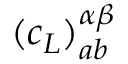
( c _ { L } ) _ { a b } ^ { \alpha \beta }